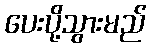
ပေးပို့သွားမည်